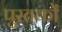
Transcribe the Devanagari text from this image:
पुस्तकोँ